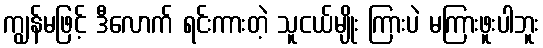
ကျွန်မဖြင့် ဒီလောက် ရင်းကားတဲ့ သူငယ်မျိုး ကြားပဲ မကြားဖူးပါဘူး